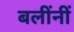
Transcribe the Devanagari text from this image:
बलींनीं